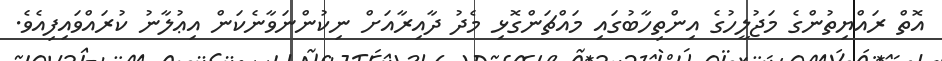
އޮތް ރައްޔިތުންގެ މަޖުލީހުގެ އިންތިހާބުގައި މައްޗަންގޮޅި މެދު ދާއިރާއަށް ނިކުންނަވާނެކަން އިޢުލާނު ކުރައްވައިފިއެވެ.